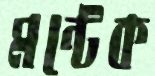
মন্টেক